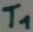
Text: T1